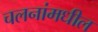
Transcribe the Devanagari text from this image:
चलनांमधील